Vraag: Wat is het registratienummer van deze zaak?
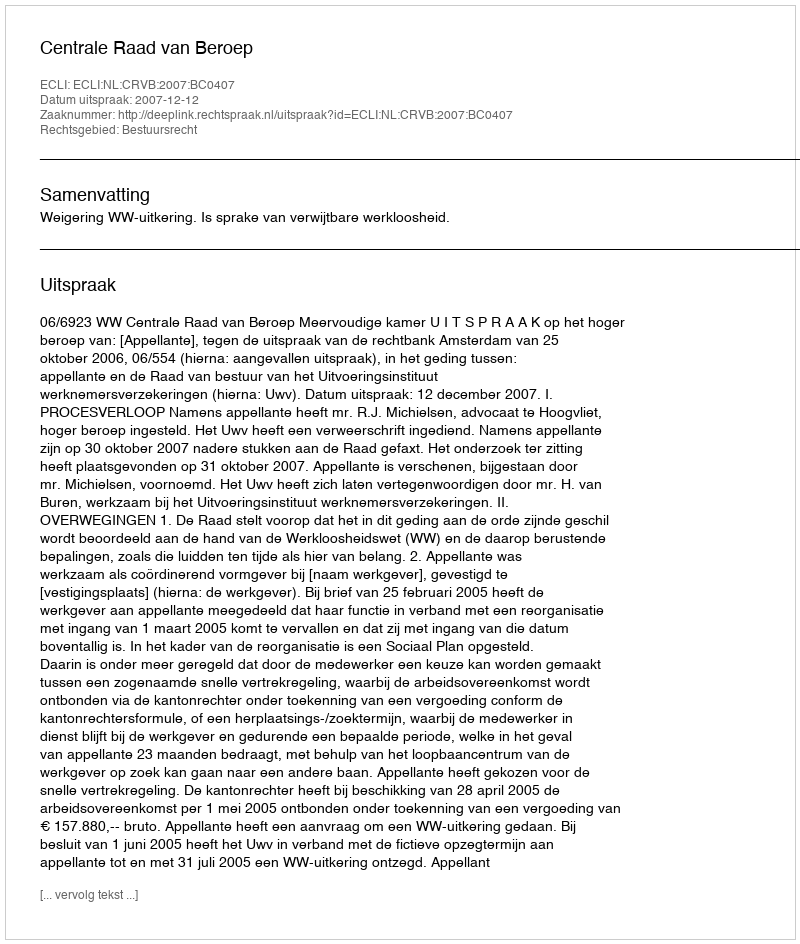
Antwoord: http://deeplink.rechtspraak.nl/uitspraak?id=ECLI:NL:CRVB:2007:BC0407